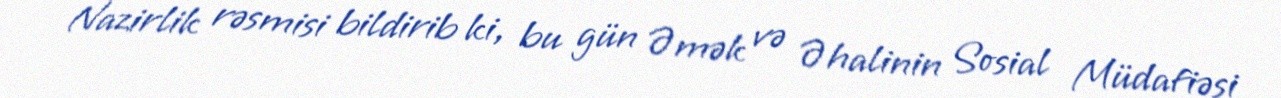
Nazirlik rəsmisi bildirib ki, bu gün Əmək və Əhalinin Sosial Müdafiəsi